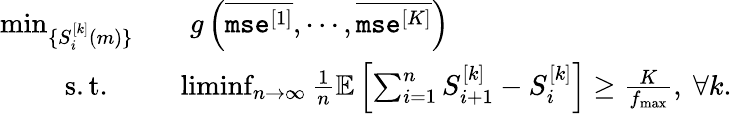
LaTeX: \begin{array}{rl}{\operatorname*{min}_{\{ S_{i}^{[k]}(m)\} }}&{\quad g\left(\overline{{\texttt{mse}^{[1]}}},\cdots,\overline{{\texttt{mse}^{[K]}}}\right)}\\ {\mathrm{s.t.~~~}}&{~~\operatorname*{liminf}_{n\rightarrow\infty}\frac{1}{n}\mathbb{E}\left[\sum_{i=1}^{n}S_{i+1}^{[k]}-S_{i}^{[k]}\right]\geq\frac{K}{f_{\operatorname*{max}}},~\forall k.}\end{array}